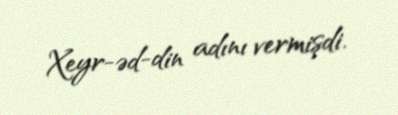
Xeyr-əd-din adını vermişdi.